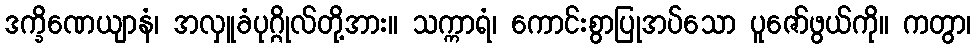
ဒက္ခိဏေယျာနံ၊ အလှူခံပုဂ္ဂိုလ်တို့အား။ သက္ကာရံ၊ ကောင်းစွာပြုအပ်သော ပူဇော်ဖွယ်ကို။ ကတွာ၊